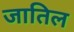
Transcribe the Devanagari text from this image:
जातिल